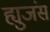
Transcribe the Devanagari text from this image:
ह्युजंस